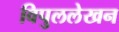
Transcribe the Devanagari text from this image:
विपुललेखन